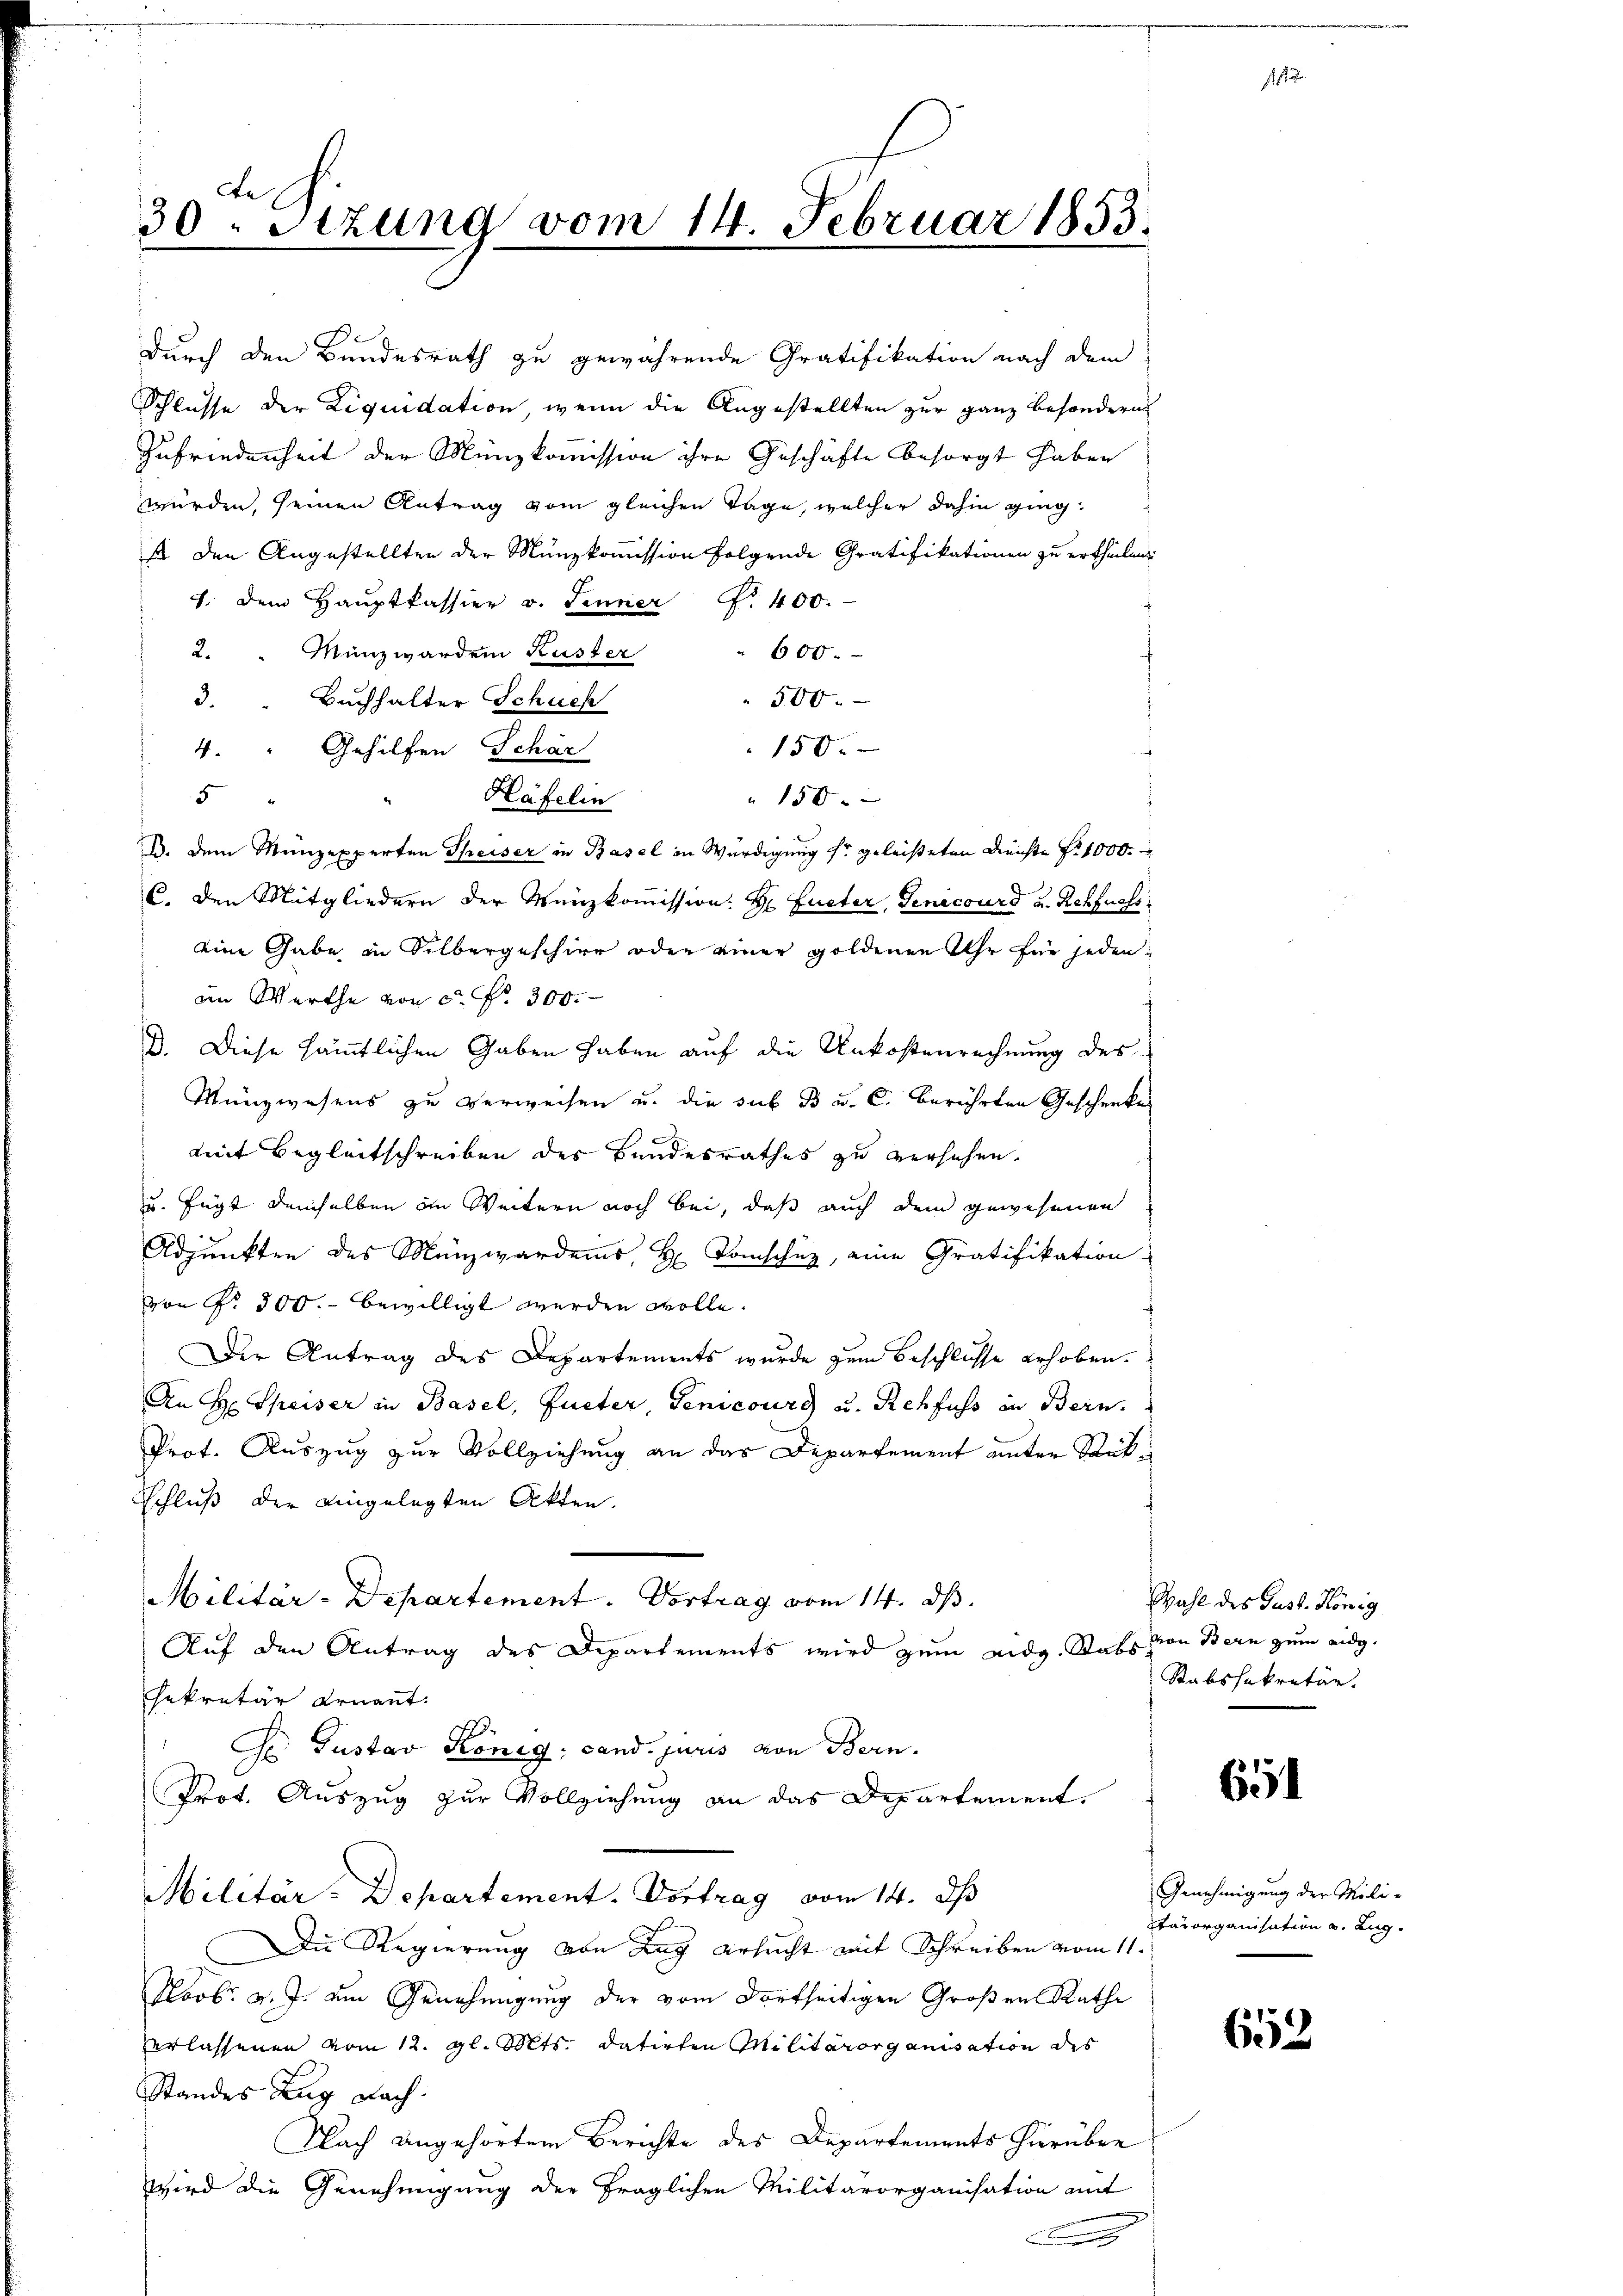
30. Sizung vom 14. Februar 1853.

durch den Bundesrath zu gewährende Gratifikation nach dem
Schlusse der Liquidation, wenn die Angestellten zur ganz besondern
Zufriedenheit der Münzkommission ihre Geschäfte besorgt haben
würden, seinen Antrag vom gleichen Tage, welcher dahin ging
s den Angestellten der Münzkommission folgende Gratifikationen zu ertheilen
1. dem Haŭptkassier v. Jenner N. 400.
2. " Münzwarden Küster
600.
500.
3. " Buchhalter Schuch
150.
4. " Gehilfen Schär
Häfelin
150x
5
B. dem Münzexperten Theiser in Basel in Würdigung sr geleisteten Reichte fr. 1000.
C. den Mitgliedern der Wanzkoṁission: H. Eueter, Genicourd u. Rehfuoss
eine Gabe in Silbergeschire oder einer goldenen Uhr für jeden
im Werthe von ca Fr. 300.
D. Diese sämmtlichen Gaben haben auf die Unkostenrechnung des
Münzwesens zu verweisen u. die sub B u. C. berührten Geschenke
mit Begleitschreiben des Bundesrathes zu versehen.
u. fügt demselben im Weitern noch bei, daß auch dem gewesenen
Adjunkten des Münzwardens, H. Tomschuz, eine Gratifikation
von Nr. 300. bewilligt werden wolle.
Der Antrag des Departements wurde zum Beschlüsse erhoben.
An Hr. Speiser in Basel, Gueter, Genicours u. Rehfuss in Bern.
Prot. Auszug zur Vollziehung an das Departement unter Stük¬
Schluß der eingelegten Akten.
Militär-Departement. Vortrag vom 14. ds.
Auf den Antrag des Departements wird zum eidg. Stabs von Bern zum eidg.
sekretär ernannt.
G Gustav König, cand. juris von Bern.
Prot. Auszug zur Vollziehung an das Departement.
Militär-Departement. Vortrag vom 14. ds
Die Regierung von Zug ersucht mit Schreiben vom 11.
Novbr. v. J. am Genehmigung der vom dortseitigen Großen Rathe
erlassenen vom 12. gl. Mts. datirten Militärorganisation des
Standes Zug nach
Nach angehörten Berichte des Departements hierüber
wird die Genehmigung der fraglichen Militärorganisation mit
A

Wahl des Just. König
Rabssekretär.

.

65

Genehmigung der Mili¬
Stärorganisation v. Lug

653